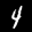
Label: 4